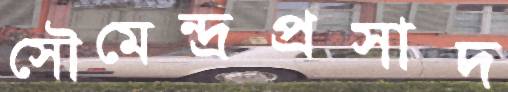
সৌমেন্দ্রপ্রসাদ